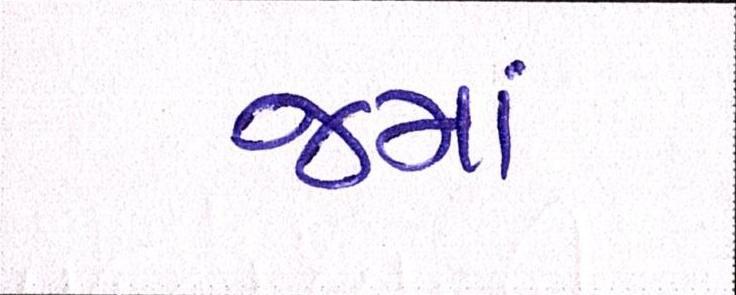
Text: જમાં